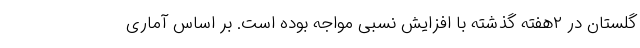
گلستان در ۲هفته گذشته با افزایش نسبی مواجه بوده‌ است. بر اساس آماری